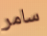
سامر